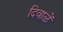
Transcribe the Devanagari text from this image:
दिवाळें